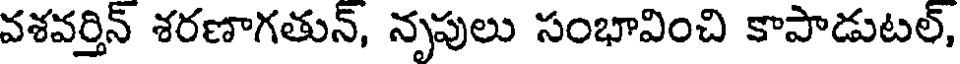
వశవర్తిన్ శరణాగతున్, నృపులు సంభావించి కాపాడుటల్,